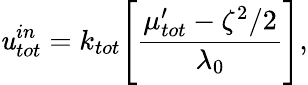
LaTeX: \mathit{u}_{tot}^{in}=k_{tot}\Bigg[\frac{{\mu_{tot}^{\prime}-\zeta^{2}/2}}{{\lambda_{0}}}\Bigg],